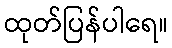
ထုတ်ပြန်ပါရေ။